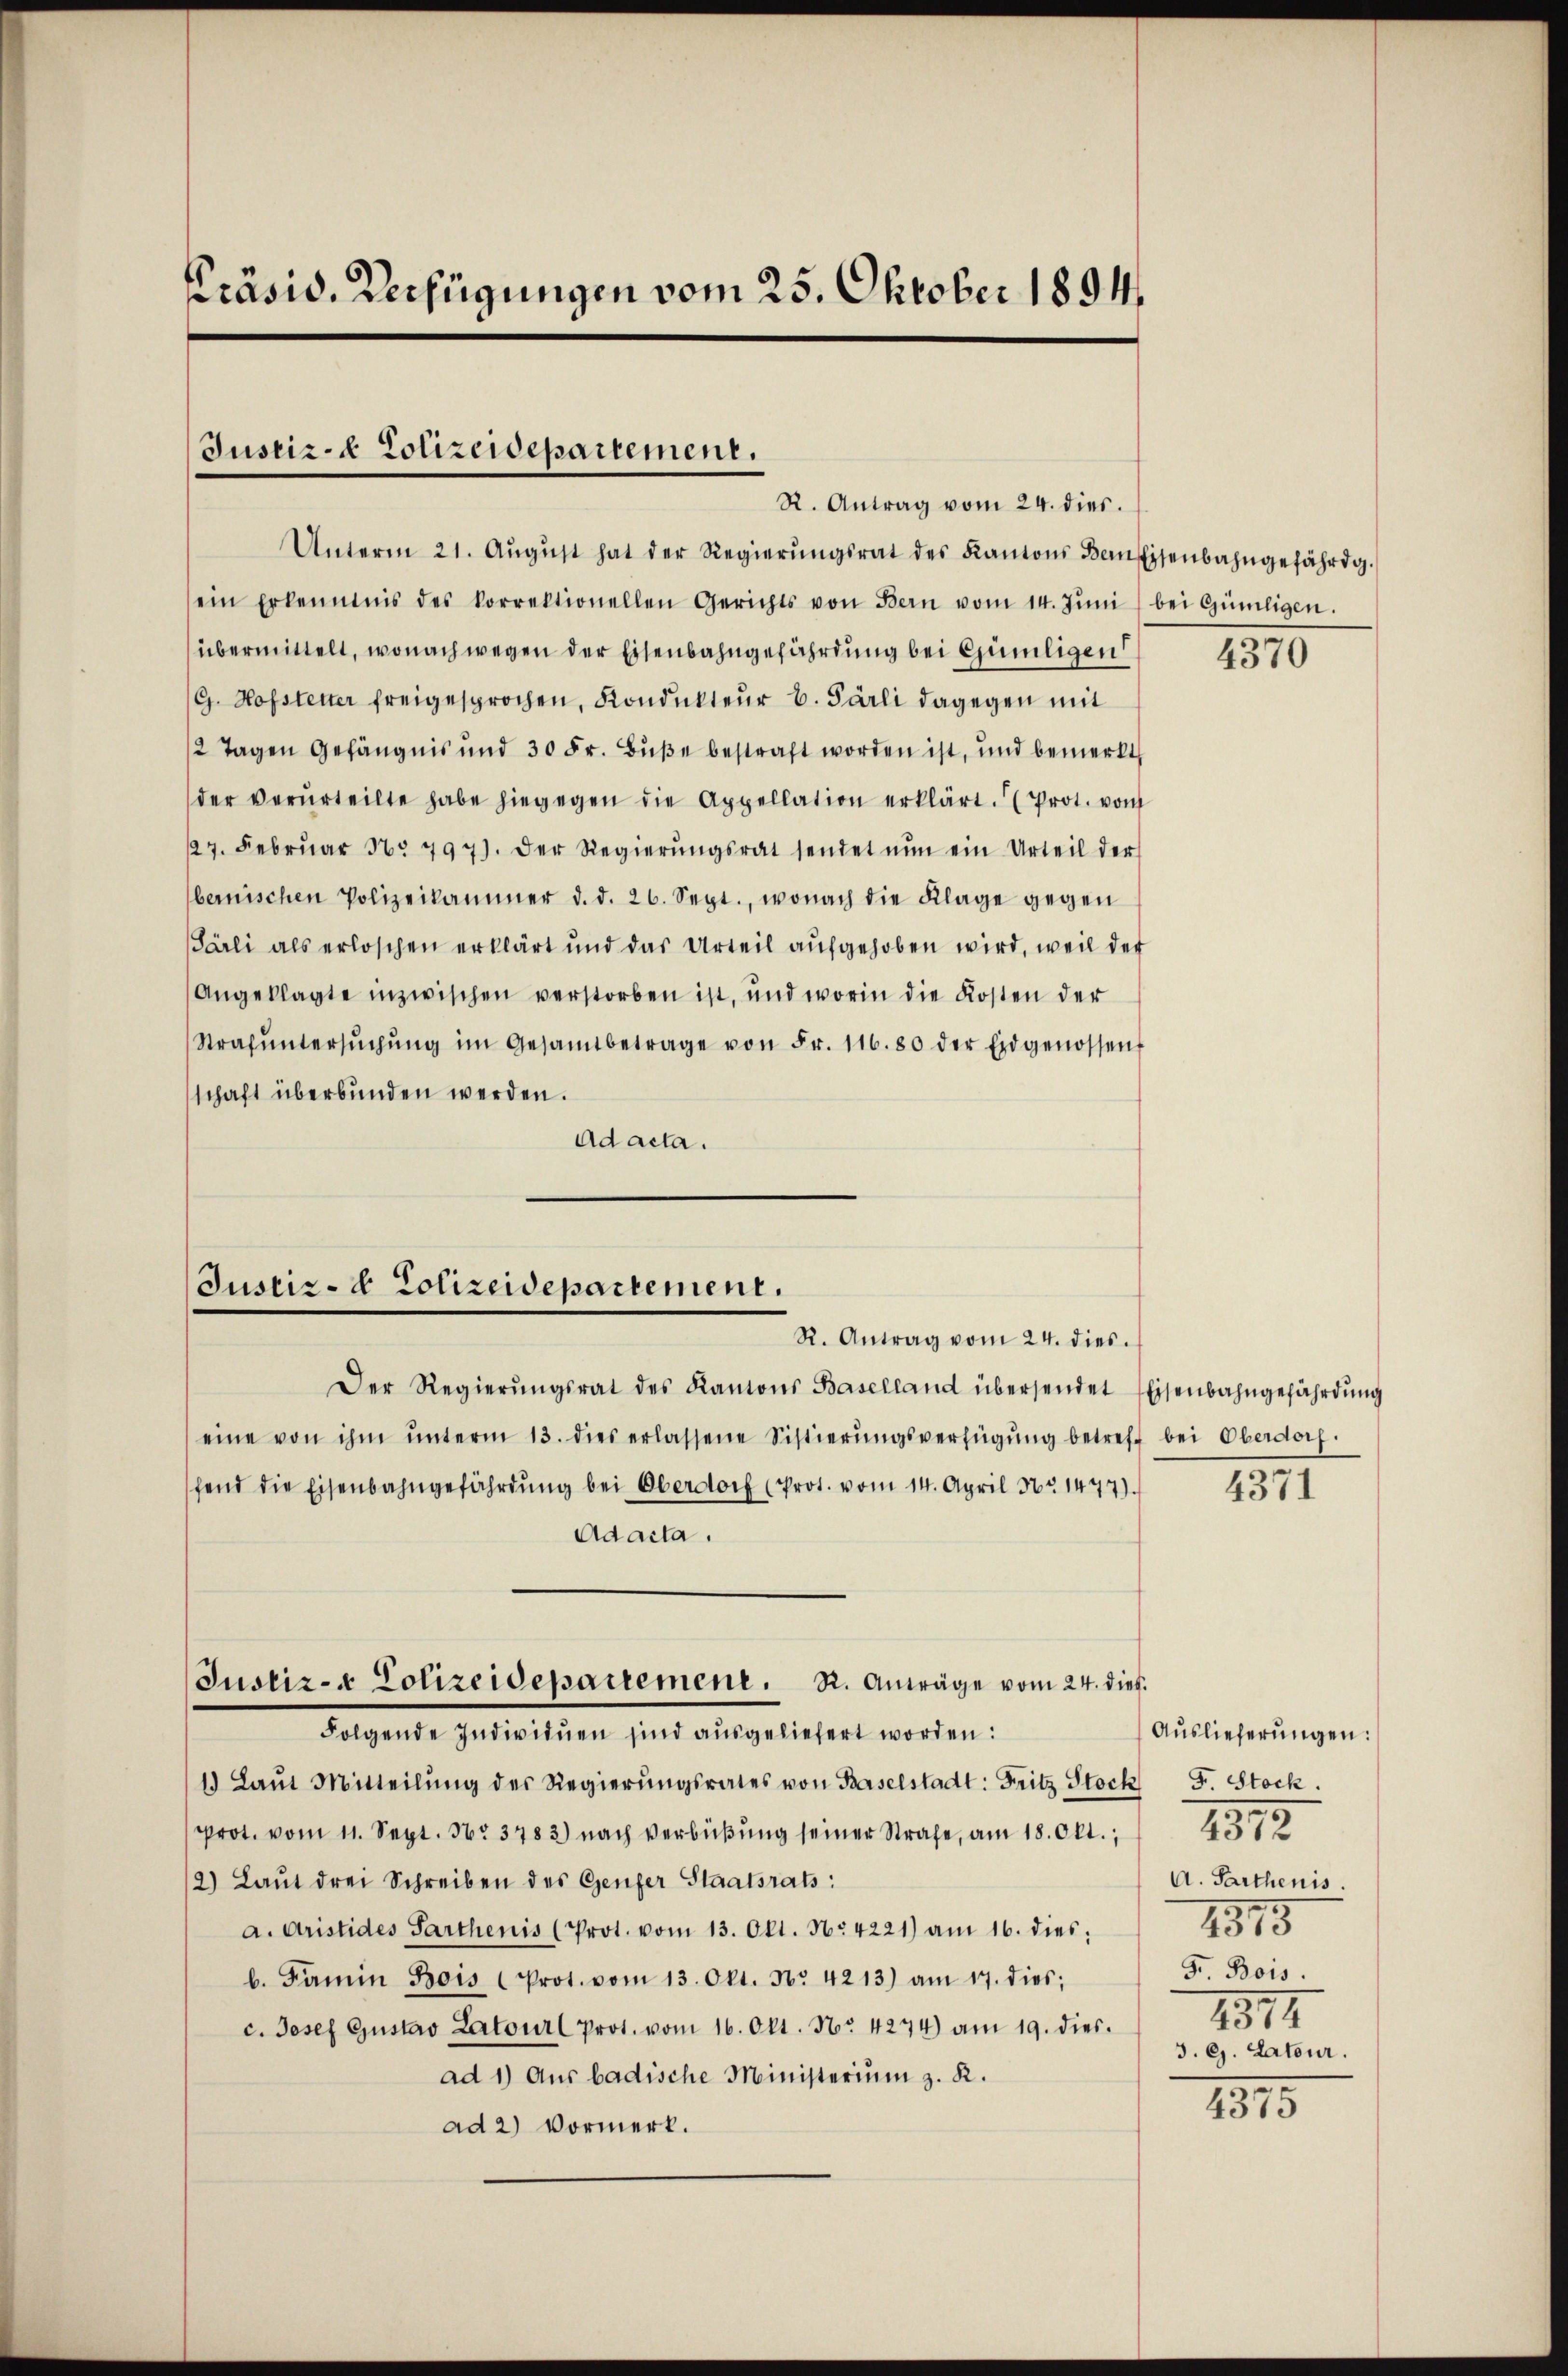
Präsid. Verfügungen vom 25. Oktober 1894

Justiz- & Polizeidepartement.

Unterm 21. Aŭgŭst hat der Regierŭngsrat des Kantons Bern Eisenbahngefährdg.
ein Erkenntnis des Vorrektionellen Gerichts von Bern vom 14. Jŭni bei Günligen.
übermittelt, wonach wegen der Eisenbahngefährdung bei Gümligen
(G. Hofstetter freigesprochen, Kondukteur b. Parli dagegen mit
2 Tagen Gefängnis und 30 Fr. Bŭβe bestraft worden ist, und bemerkt,
der verurteilte habe hiegegen die Appellation erklärt. (Prot. vom
127. Febrŭar No 797). Der Regierŭngsrat sendet nŭn ein Urteil der
bernischen Polizeikammer d. d. 26. Sept., wonach die Klage gegen
Pärli als erloschen erklärt und das Urteil aufgehoben wird, weil der
Angeklagte inzwischen verstorben ist, und worin die Kosten der
Strafŭntersŭchŭng im Gesamtbetrage von Fr. 116. 80 der Eidgenossen
schaft überbunden werden.
Ad acta.

R. Antrag vom 24. dies.

Justiz- & Polizeidepartement.
R. Antrag vom 24. dies

Der Regierŭngsrat des Kantons Baselland übersendet Eisenbahngefährdŭng
eine von ihm ŭnterm 13. dies erlassene Sistierŭngsverfügŭng betreff bei Oberdorf.
fend die Eisenbahngefährdŭng bei Oberdorf (Prot. vom 14. April Nr. 1477).
Adacta.
Folgende Individuen sind ausgeliefert worden:
1. Laŭt Mitteilŭng des Regierŭngsrates von Baselstadt: Fritz Stock F. Stock.
Prot. vom 11. Sept. No 3783) nach Verbüßung seiner Strafe, am 18. Okt.,
2) Laut drei Schreiben des Genfer Staatsrats:
a. Aristides Parthenis (Prot. vom 13. Okt. No. 4221) am 16. dies:
b. Famin Bois (Prot. vom 13. Okt. Nr. 4213) am 17. dies;
c. Josef Gustav Latourl Prot. vom 16. Okt. No. 4274) am 19. dies.
ad 1) Aus badische Ministerium z. K.
ad 2) Vormerk.

Justiz- & Polizeidepartement. R. Anträge vom 24. dies

4370

4371

Auslieferungen:
1312
A. Parthenis
2315
Gr. Bois.
2514
3. ej. Lateur.
1315